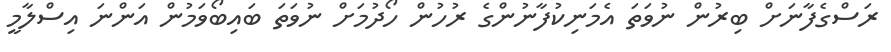
ރަސްގެފާނަށް ބިރުން ނުވަތަ އެމަނިކުފާނުންގެ ރުހުން ހޯދުމަށް ނުވަތަ ބައިބޯވަމުން އަންނަ އިސްލާމީ